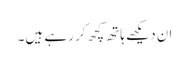
ان دیکھے ہاتھ کچھ کر رہے ہیں۔